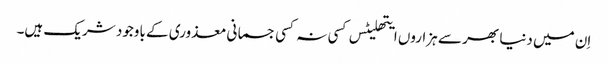
اِن میں دنیا بھر سے ہزاروں ایتھلیٹس کسی نہ کسی جسمانی معذوری کے باوجود شریک ہیں۔